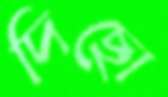
দিছো